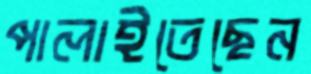
পালাইতেছেন